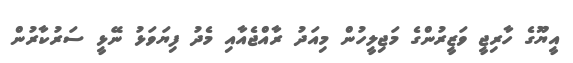
އީޔޫގެ ހާރިޖީ ވަޒީރުންގެ މަޖިލީހުން މިއަދު ރާއްޖެއާއި މެދު ފިޔަވަޅު ނޭޅީ ސަރުކާރުން